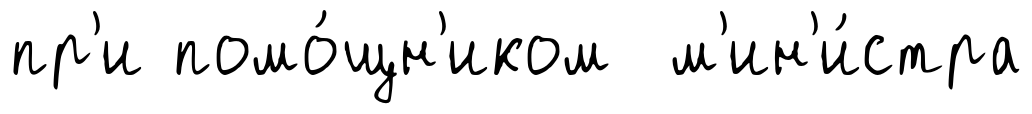
пр'и помо́щн'иком м'ин'и́стра